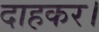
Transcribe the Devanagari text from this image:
दाहकर।